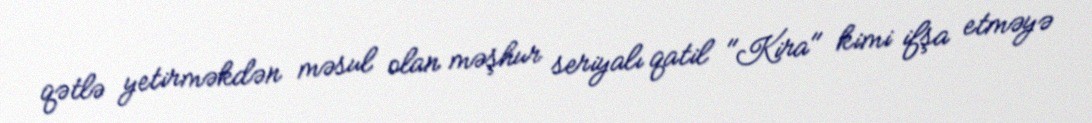
qətlə yetirməkdən məsul olan məşhur seriyalı qatil "Kira" kimi ifşa etməyə